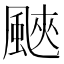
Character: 䬊